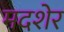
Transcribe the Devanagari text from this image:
मदशेर